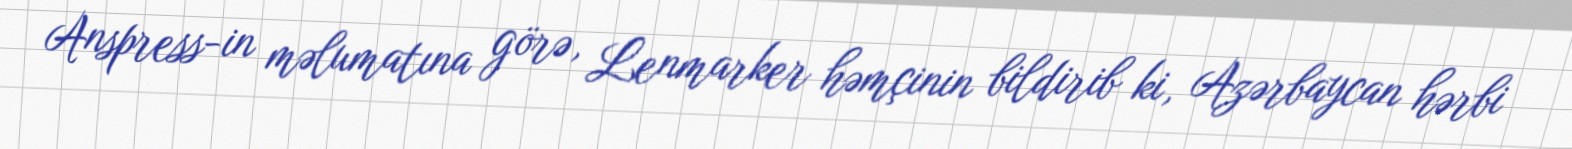
Anspress-in məlumatına görə, Lenmarker həmçinin bildirib ki, Azərbaycan hərbi